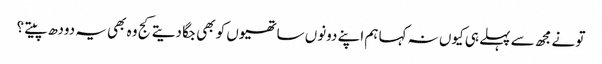
تو نے مجھ سے پہلے ہی کیوں نہ کہا ہم اپنے دونوں ساتھیوں کو بھی جگا دیتے کج وہ بھی یہ دودھ پیتے ؟